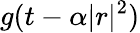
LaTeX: g(t-\alpha|r|^{2})